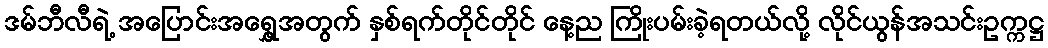
ဒမ်ဘီလီရဲ့ အပြောင်းအရွှေ့အတွက် နှစ်ရက်တိုင်တိုင် နေ့ည ကြိုးပမ်းခဲ့ရတယ်လို့ လိုင်ယွန်အသင်းဥက္ကဋ္ဌ